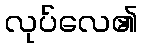
လုပ်လေ၏